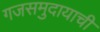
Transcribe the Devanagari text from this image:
गजसमुदायाची